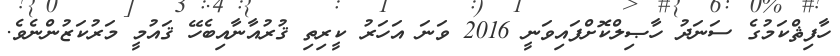
ހާފިޘްކަމުގެ ސަނަދު ހާޞިލްކޮށްފައިވަނީ 2016 ވަނަ އަހަރު ކީރިތި ޤުރުއާނާއިބެހޭ ޤައުމީ މަރުކަޒުންނެވެ.